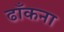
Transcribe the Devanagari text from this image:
ढाँकना